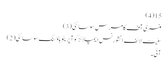
15(4)
منسٹری آف کامرس سوسائٹی(3)
سٹیٹ لائف انشورنس ایمپلائز کوآپریٹو ہاؤسنگ سوسائٹی(2)
آئی ۔